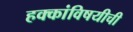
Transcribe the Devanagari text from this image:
हक्कांविषयीची